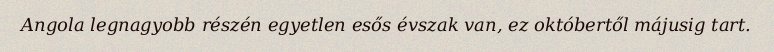
Angola legnagyobb részén egyetlen esős évszak van, ez októbertől májusig tart.